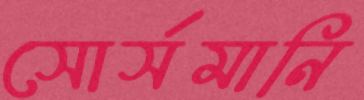
সোর্সমানি